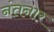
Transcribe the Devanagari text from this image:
नंतनार